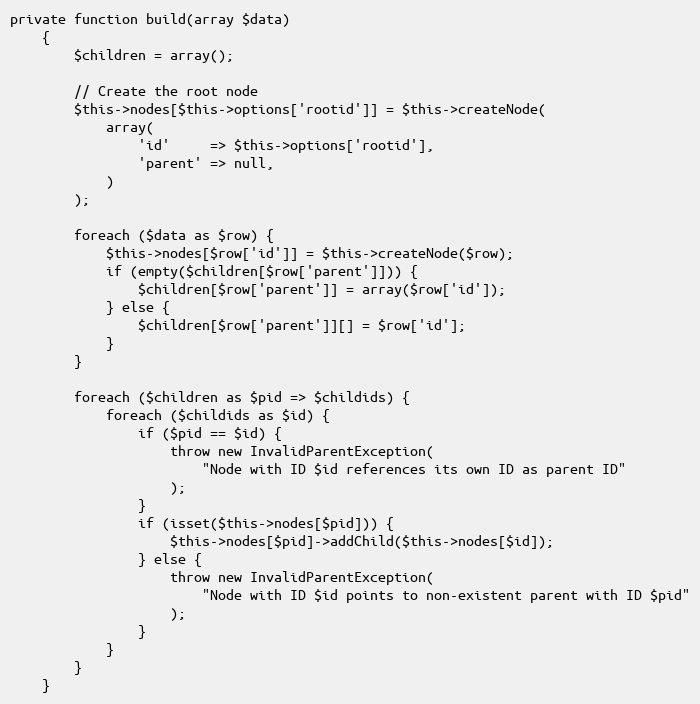
Language: PHP
private function build(array $data)
    {
        $children = array();

        // Create the root node
        $this->nodes[$this->options['rootid']] = $this->createNode(
            array(
                'id'     => $this->options['rootid'],
                'parent' => null,
            )
        );

        foreach ($data as $row) {
            $this->nodes[$row['id']] = $this->createNode($row);
            if (empty($children[$row['parent']])) {
                $children[$row['parent']] = array($row['id']);
            } else {
                $children[$row['parent']][] = $row['id'];
            }
        }

        foreach ($children as $pid => $childids) {
            foreach ($childids as $id) {
                if ($pid == $id) {
                    throw new InvalidParentException(
                        "Node with ID $id references its own ID as parent ID"
                    );
                }
                if (isset($this->nodes[$pid])) {
                    $this->nodes[$pid]->addChild($this->nodes[$id]);
                } else {
                    throw new InvalidParentException(
                        "Node with ID $id points to non-existent parent with ID $pid"
                    );
                }
            }
        }
    }